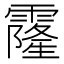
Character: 霳